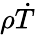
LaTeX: \rho\dot{T}